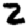
Digit: 2